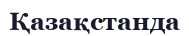
Қазақстанда